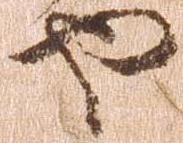
や